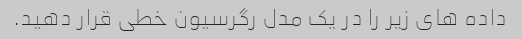
داده های زیر را در یک مدل رگرسیون خطی قرار دهید.